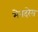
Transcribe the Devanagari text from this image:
मेनदरेस